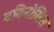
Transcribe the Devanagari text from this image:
वगिनोसिस